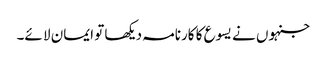
جنہوں نے یسوع کا کارنامہ دیکھا تو ایمان لا ئے۔